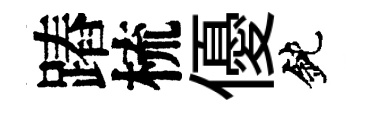
蹖梳優鈍